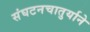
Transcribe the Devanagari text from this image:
संघटनचातुर्याने